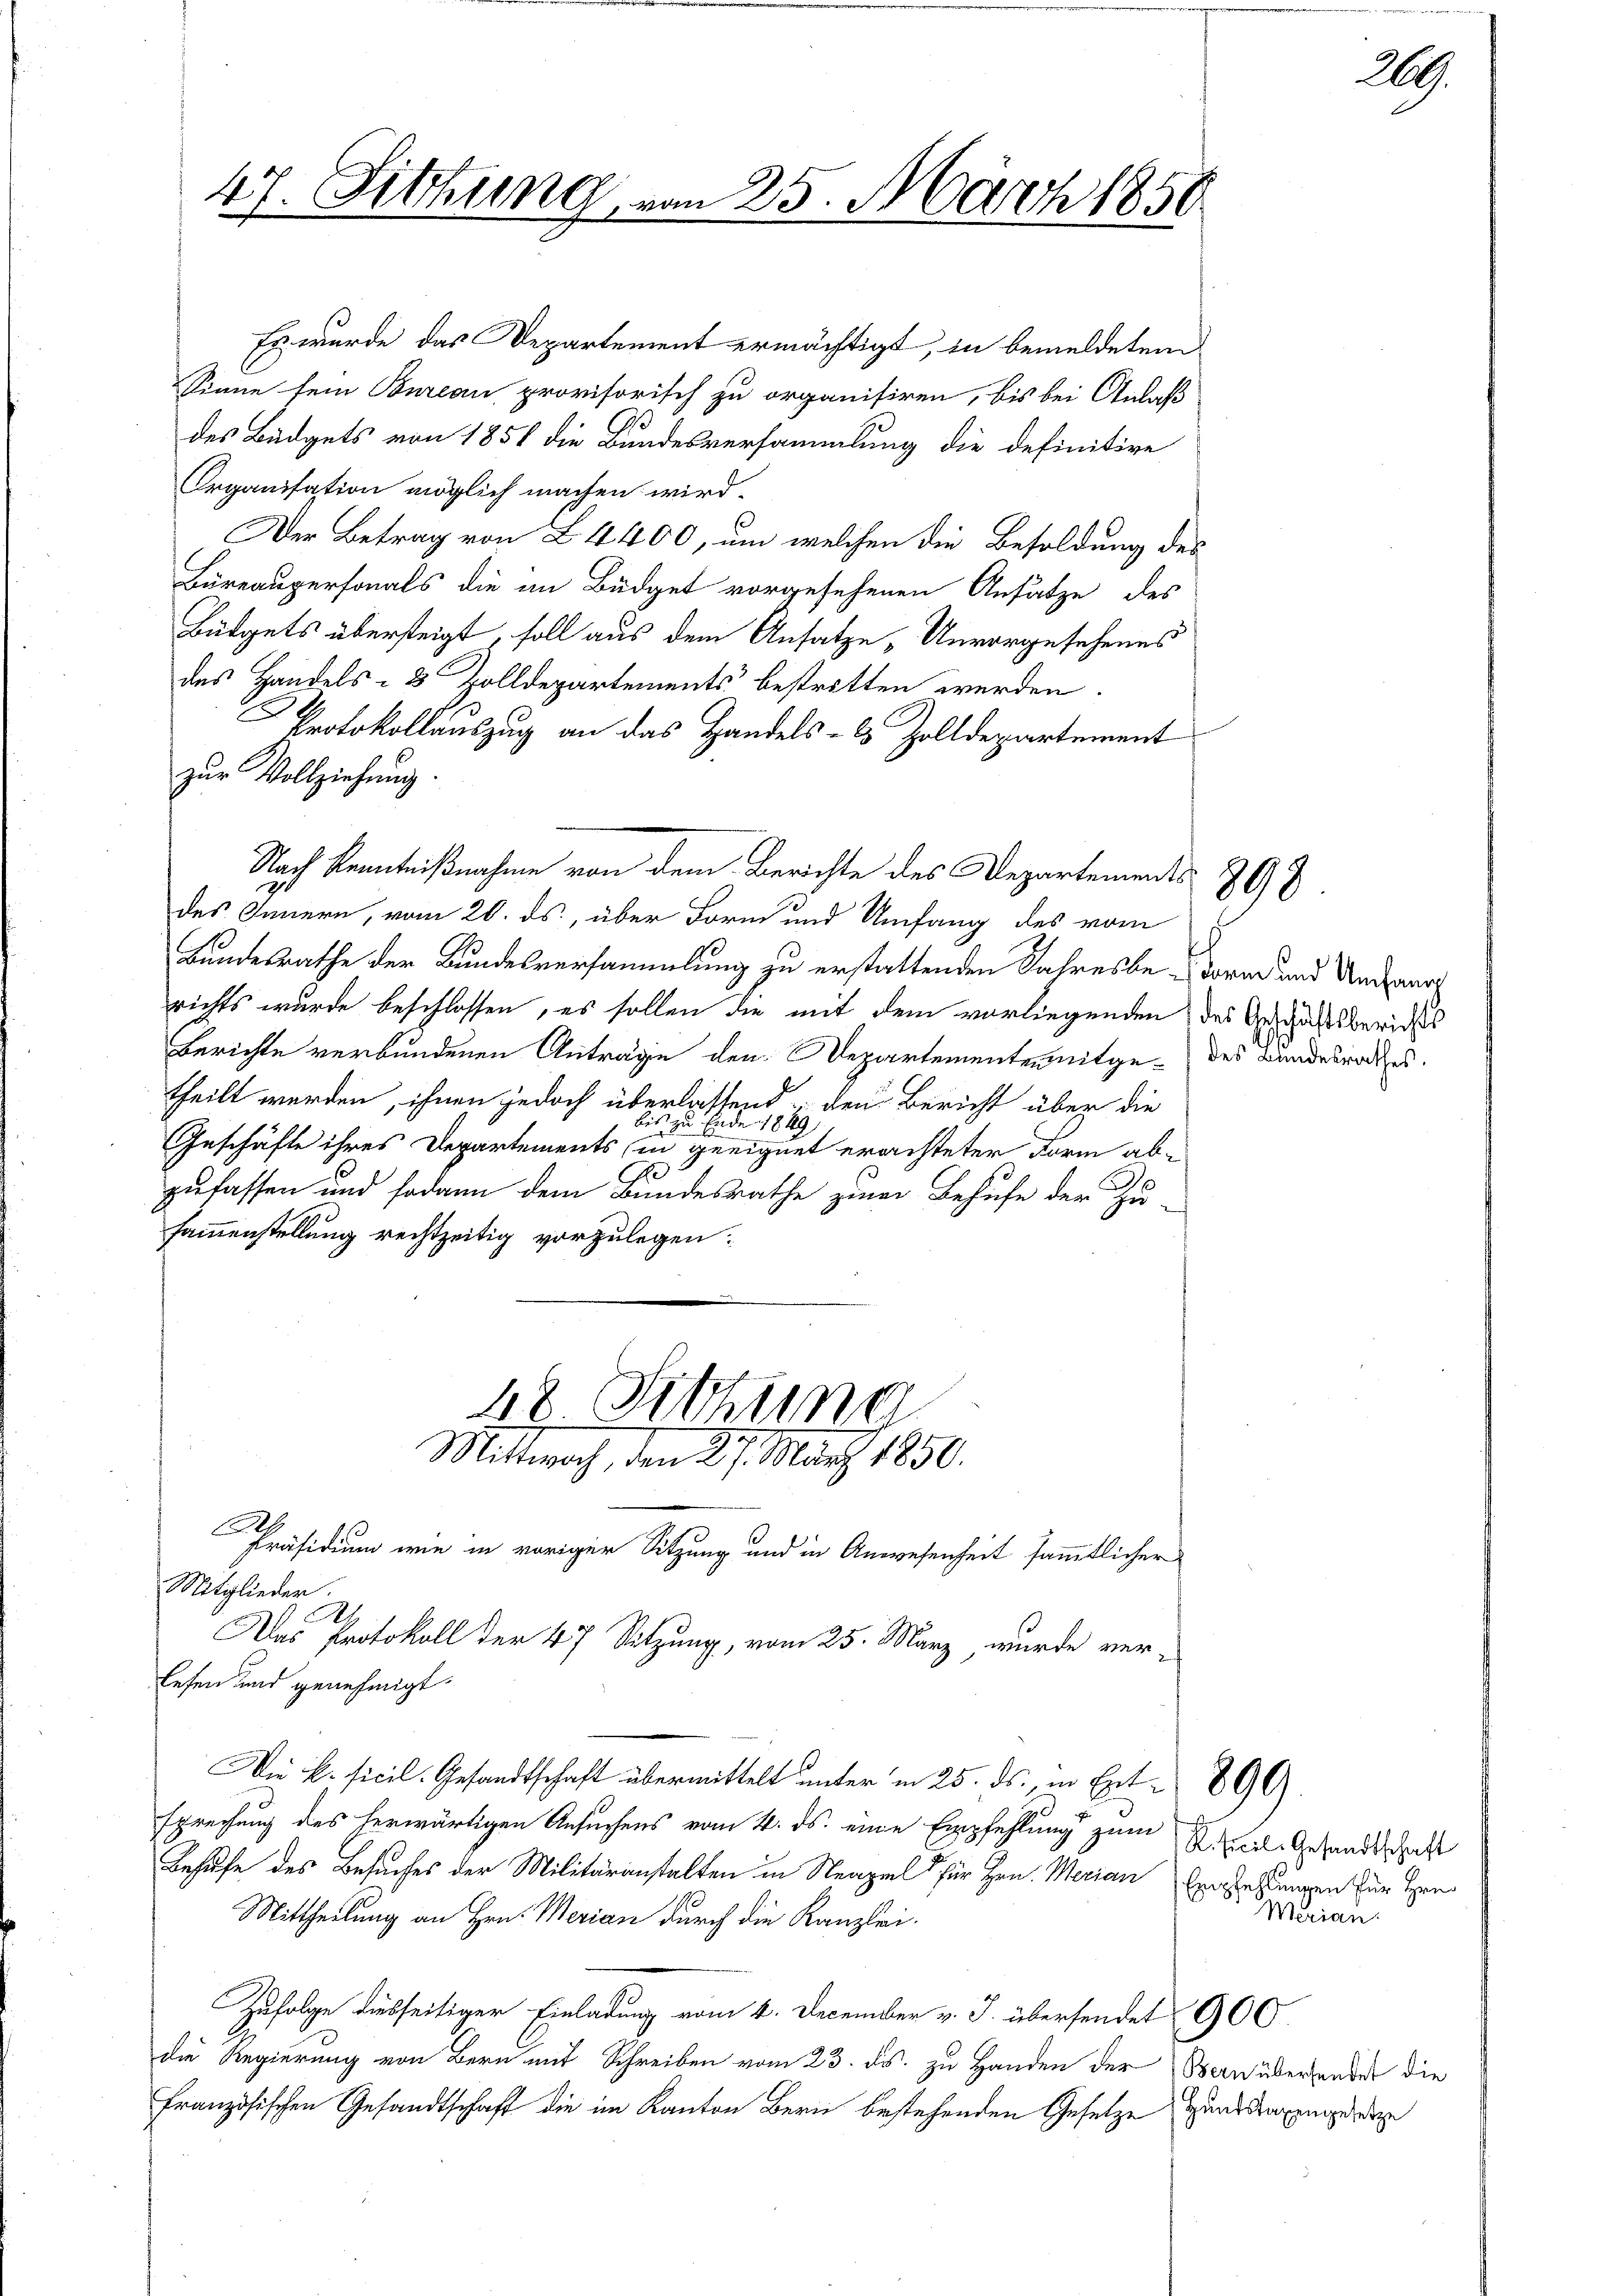
47. Sitzung von 25. März 1850

Es wurde das Departement ermächtigt, in bemeldetem
Sinne sein Bureau provisorisch zu organisiren, bis bei Anlaß
des Büdgets von 1854 die Bundesversammlung die definitive
Organisation möglich machen wird.
Der Betrag von L. 4400, um welchen die Besoldung des
Büreaupersonals die an Büdget vorgesehenen Ansätze des
Büdgets übersteigt, soll aus dem Ansatze „Unvorgesehenes
des Handels- 3 Zolldepartements bestritten werden.
2.
Protokollauszug an das Handels- & Zolldepartement
zur Vollziehung.
des Innern, vom 20. ds., über Form und Umfang des vom
Bundesrathe der Bundesversammlung zu erstattenden Jahresbe - darin und Untaug
richts wurde beschlossen, es sollen die mit dem vorliegenden des Geschäftsberichts
Berichte verbundenen Anträge den Departementen mitge- des Bundesrates.
theilt werden, ihnen jedoch überlassend den Bericht über die
bis zu Ende 1849
Geschäfte ihres Departements in geeignet erachteter Form ab-
A.
zufassen und sodann dem Bundesrathe zum Behufe der Zu-
sammenstellung rechtzeitig vorzulegen.
48 Sitzung

Mittwoch, den 27. März 1850.

Nach Kenntnißnahme von dem Berichte des Departements

E
Präsidium wie in voriger Sitzung und in Anwesenheit sämmtlicher
Mitglieder.
A
Das Protokoll der 47 Sitzung, vom 25. März wurde ver-
lesen und genehmigt.
Die k. Ficil-Gesandtschaft übermittelt unter in 25. ds., in Ent-890).
sprechung des herwärtigen Ansuchens vom 4. ds. eine Empfehlung zum K. Beil-Gesandtschaft
Behufe des Besuches der Militäranstalten in Neapel für Hrn. Merian Erstellungen für Hrn
Mittheilung an Hrn. Merian durch die Kanzlei.
Zufolge diesseitiger Einladung vom 4. December v. J. übersendet 900.
die Regierung von Bern mit Schreiben vom 23. ds. zu Handen der Bern überhander die
französischen Gesandtschaft die im Kanton Bern bestehenden Gesetze und dagendeige

Merian.

890

29.